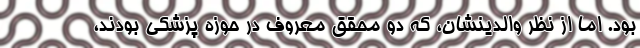
بود. اما از نظر والدینشان، که دو محققِ معروف در حوزه پزشکی بودند،